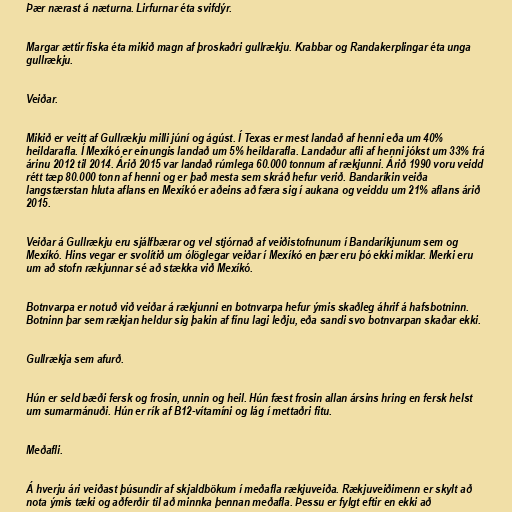
Þær nærast á næturna. Lirfurnar éta svifdýr.

Margar ættir fiska éta mikið magn af þroskaðri gullrækju. Krabbar og Randakerplingar éta unga
gullrækju.

Veiðar.

Mikið er veitt af Gullrækju milli júní og ágúst. Í Texas er mest landað af henni eða um 40%
heildarafla. Í Mexíkó er einungis landað um 5% heildarafla. Landaður afli af henni jókst um 33% frá
árinu 2012 til 2014. Árið 2015 var landað rúmlega 60.000 tonnum af rækjunni. Árið 1990 voru veidd
rétt tæp 80.000 tonn af henni og er það mesta sem skráð hefur verið. Bandaríkin veiða
langstærstan hluta aflans en Mexíkó er aðeins að færa sig í aukana og veiddu um 21% aflans árið
2015.

Veiðar á Gullrækju eru sjálfbærar og vel stjórnað af veiðistofnunum í Bandaríkjunum sem og
Mexíkó. Hins vegar er svolítið um ólöglegar veiðar í Mexíkó en þær eru þó ekki miklar. Merki eru
um að stofn rækjunnar sé að stækka við Mexíkó.

Botnvarpa er notuð við veiðar á rækjunni en botnvarpa hefur ýmis skaðleg áhrif á hafsbotninn.
Botninn þar sem rækjan heldur sig þakin af fínu lagi leðju, eða sandi svo botnvarpan skaðar ekki.

Gullrækja sem afurð.

Hún er seld bæði fersk og frosin, unnin og heil. Hún fæst frosin allan ársins hring en fersk helst
um sumarmánuði. Hún er rík af B12-vítamíni og lág í mettaðri fitu.

Meðafli.

Á hverju ári veiðast þúsundir af skjaldbökum í meðafla rækjuveiða. Rækjuveiðimenn er skylt að
nota ýmis tæki og aðferðir til að minnka þennan meðafla. Þessu er fylgt eftir en ekki að